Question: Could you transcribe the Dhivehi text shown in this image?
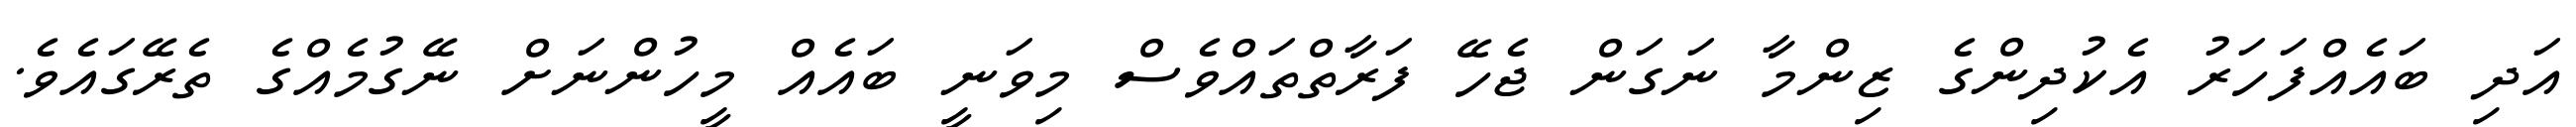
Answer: އަދި ބައެއްފަހަރު އެކުދިންގެ ޒިންމާ ނަގަން ޖެހޭ ފަރާތްތައްވެސް މިވަނީ ބައެއް މީހުންނަށް ނޭގުމެއްގެ ތެރޭގައެވެ.